Civil Veterinary Dept. Assam report 1911-1927 - 1911-1927
Year: 1911
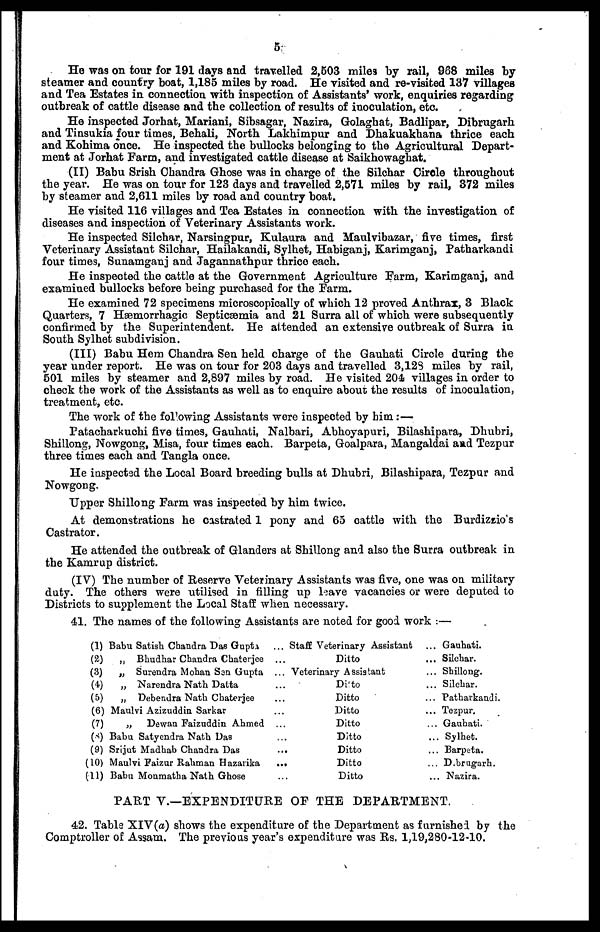
5
He was on tour for 191 days and travelled 2,503 miles by rail, 968 miles by
steamer and country boat, 1,185 miles by road. He visited and re-visited 137 villages
and Tea Estates in connection with inspection of Assistants' work, enquiries regarding
outbreak of cattle disease and the collection of results of inoculation, etc.
He inspected Jorhat, Mariani, Sibsagar, Nazira, Golaghat, Badlipar, Dibrugarh
and Tinsukia four times, Behali, North Lakhimpur and Dhakuakhana thrice each
and Kohima once. He inspected the bullocks belonging to the Agricultural Depart-
ment at Jorhat Farm, and investigated cattle disease at Saikhowaghat.
(II) Babu Srish Chandra Ghose was in charge of the Silchar Circle throughout
the year. He was on tour for 123 days and travelled 2,571 miles by rail, 372 miles
by steamer and 2,611 miles by road and country boat.
He visited 116 villages and Tea Estates in connection with the investigation of
diseases and inspection of Veterinary Assistants work.
He inspected Silchar, Narsingpur, Kulaura and Maulvibazar, five times, first
Veterinary Assistant Silchar, Hailakandi, Sylhet, Habiganj, Karimganj, Patharkandi
four times, Sunamganj and Jagannathpur thrice each.
He inspected the cattle at the Government Agriculture Farm, Karimganj, and
examined bullocks before being purchased for the Farm.
He examined 72 specimens microscopically of which 12 proved Anthrax, 3 Black
Quarters, 7 Hæmorrhagic Septicæmia and 21 Surra all of which were subsequently
confirmed by the Superintendent. He attended an extensive outbreak of Surra in
South Sylhet subdivision.
(III) Babu Hem Chandra Sen held charge of the Gauhati Circle during the
year under report. He was on tour for 203 days and travelled 3,128 miles by rail,
501 miles by steamer and 2,897 miles by road. He visited 204 villages in order to
check the work of the Assistants as well as to enquire about the results of inoculation,
treatment, etc.
The work of the following Assistants were inspected by him:—
Patacharkuchi five times, Gauhati, Nalbari, Abhoyapuri, Bilashipara, Dhubri,
Shillong, Nowgong, Misa, four times each. Barpeta, Goalpara, Mangaldai and Tezpur
three times each and Tangla once.
He inspected the Local Board breeding bulls at Dhubri, Bilashipara, Tezpur and
Nowgong.
Upper Shillong Farm was inspected by him twice.
At demonstrations he castrated 1 pony and 65 cattle with the Burdizzio's
Castrator.
He attended the outbreak of Glanders at Shillong and also the Surra outbreak in
the Kamrup district.
(IV) The number of Reserve Veterinary Assistants was five, one was on military
duty. The others were utilised in filling up leave vacancies or were deputed to
Districts to supplement the Local Staff when necessary.
41. The names of the following Assistants are noted for good work:—
(1) Babu Satish Chandra Das Gupta ...
(2)
„ Bhudhar Chaudra Chaterjee ...
(3)
„ Surendra Mohan Sen Gupta ...
(4)
„ Narendra Nath Datta ...
(5)
„ Debendra Nath Chaterjee ...
(6) Maulvi Azizuddin Sarkar ...
(7)
„
Dewan Faizuddin Ahmed ...
(8) Babu Satyendra Nath Das ...
(9) Srijut Madhab Chandra Das ...
(10) Maulvi Faizur Rahman Hazarika ...
(11) Babu Monmatha Nath Ghose ...
Staff Veterinary Assistant ...
Ditto ...
Veterinary Assistant ...
Ditto ...
Ditto ...
Ditto ...
Ditto ...
Ditto ...
Ditto ...
Ditto ...
Ditto ...
Gauhati.
Silchar.
Shillong.
Silchar.
Patharkandi.
Tezpur.
Gauhati.
Sylhet.
Barpeta.
Dibrugarh.
Nazira.
PART V.—EXPENDITURE OF THE DEPARTMENT.
42. Table XIV(a) shows the expenditure of the Department as furnished by the
Comptroller of Assam. The previous year's expenditure was Rs. 1,19,280-12-10.